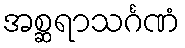
အစ္ဆရာသင်္ဂဏံ